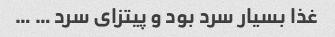
غذا بسیار سرد بود و پیتزای سرد … …